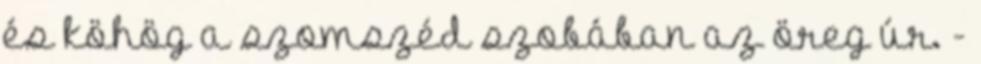
és köhög a szomszéd szobában az öreg úr. -